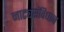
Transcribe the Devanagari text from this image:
नाट्यसंविधान